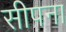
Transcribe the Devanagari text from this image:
सीपना